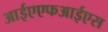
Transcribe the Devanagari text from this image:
आईएएफआईएस